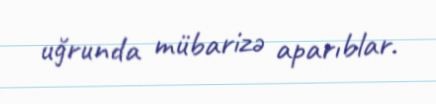
uğrunda mübarizə aparıblar.